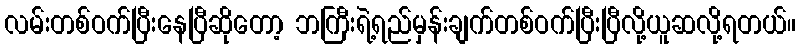
လမ်းတစ်ဝက်ပြီးနေပြီဆိုတော့ ဘကြီးရဲ့ရည်မှန်းချက်တစ်ဝက်ပြီးပြီလို့ယူဆလို့ရတယ်။